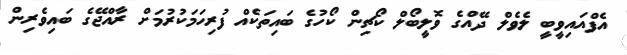
އެފްއައިވީބީ ލެވެލް ދޭއްގެ ވޮލީބޯލް ކޯޗިން ކޯހުގެ ބައިތަކެއް ފުރިހަމަކުރުމަށް ރާއްޖޭގެ ބައިވެރިން